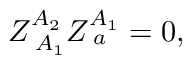
Z _ { \; A _ { 1 } } ^ { A _ { 2 } } Z _ { \; a } ^ { A _ { 1 } } = 0 ,